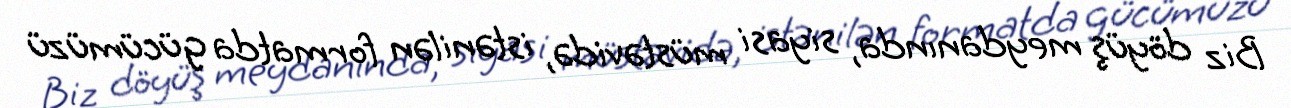
Biz döyüş meydanında, siyasi müstəvidə, istənilən formatda gücümüzü